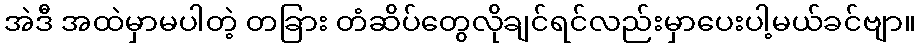
အဲဒီ အထဲမှာမပါတဲ့ တခြား တံဆိပ်တွေလိုချင်ရင်လည်းမှာပေးပါ့မယ်ခင်ဗျာ။